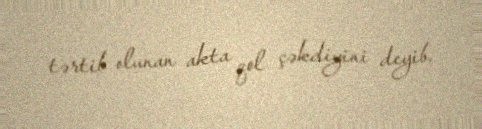
tərtib olunan akta qol çəkdiyini deyib.